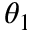
\theta _ { 1 }